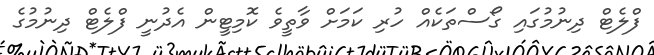
ފްލެޓް ދިނުމުގައި ގޯސްތަކެއް ހުރި ކަމަށް ވާތީވެ ކޮމިޓީން އެދުނީ ފްލެޓް ދިނުމުގެ